Annual report of the Punjab Veterinary College and of the Civil Veterinary Department, Punjab - 1894-1908
Year: 1894
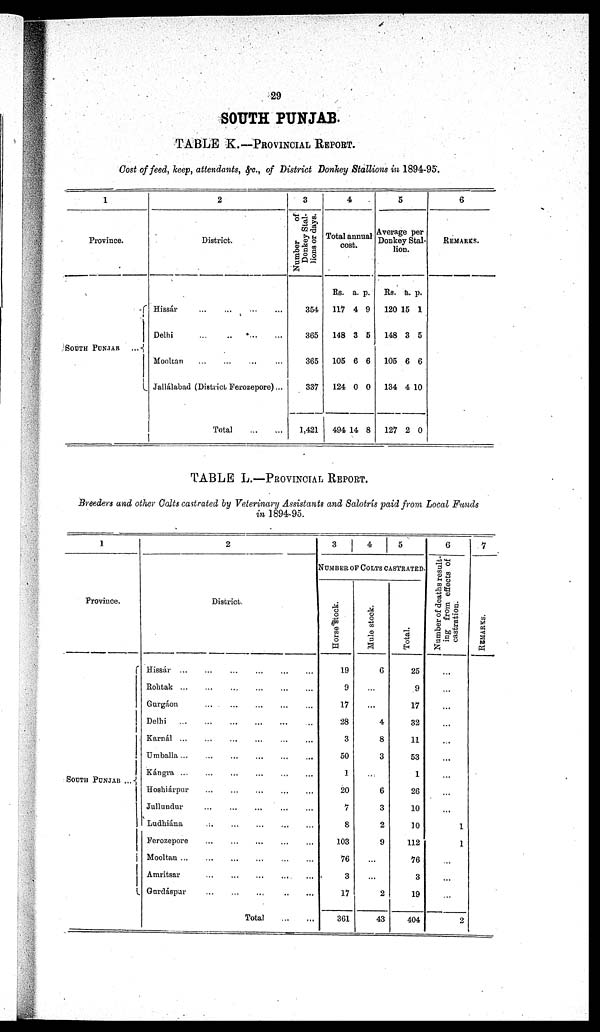
29
SOUTH PUNJAB.
TABLE K.—PROVINCIAL REPORT.
Cost of feed, keep, attendants, &c., of District Donkey Stallions in 1894-95.
1
Province.
SOUTH PUNJAB ...
2
District.
Hissár
... ... ... ...
Delhi
...
...
...
...
Mooltan ... ... ... ...
Jallálabad (District Ferozepore)...
Total
...
...
3
Number of
Donkey Stal-
lions or days.
354
365
365
337
1,421
4
Total annual
cost.
Rs.
117
148
105
124
494
a.
4
3
6
0
14
p
9
5
6
0
8
5
Average per
Donkey Stal-
lion.
Rs.
120
148
105
134
127
a.
15
3
6
4
2
p.
1
5
6
10
0
6
REMARKS.
TABLE L.—PROVINCIAL REPORT.
Breeders and other Calts castrated by Veterinary Assistants and Salotris paid from Local Funds
in 1894-95.
1
Province.
SOUTH PUNJAB ...
2
District.
Hissár
...
...
...
...
...
...
Rohtak
...
...
...
...
...
...
Gurgáon ... ... ... ... ...
Delhi
...
...
...
...
...
...
Karnál ... ... ... ... ... ...
Umballa
...
...
...
...
...
...
Kángra
...
...
...
...
...
...
Hoshiárpur ... ... ... ... ... ...
Jullundur ... ... ... ... ... ...
Ludhiána
...
...
...
...
...
...
Ferozepore
...
...
...
...
...
Mooltan
...
...
...
...
...
...
Amritsar
...
...
...
...
...
Gurdáspur
...
...
...
...
...
Total
...
...
3 4
5
NUMBER OF COLTS CASTRATED.
Horse stock.
19
9
17
28
3
50
1
20
7
8
103
76
3
17
361
Mule stock.
6
...
...
4
8
3
...
6
3
2
9
...
...
2
43
Total.
25
9
17
32
11
53
1
26
10
10
112
76
3
19
404
6
Number of deaths result-
ing from effects of
castration.
...
...
...
...
...
...
...
...
...
1
1
...
...
...
2
7
REMARKS.